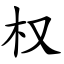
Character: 权